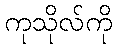
ကုသိုလ်ကို